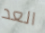
العد